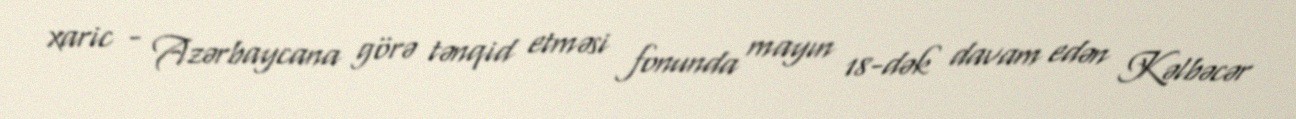
xaric - Azərbaycana görə tənqid etməsi fonunda mayın 18-dək davam edən Kəlbəcər